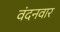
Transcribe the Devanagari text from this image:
वंदनवार